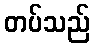
တပ်သည်